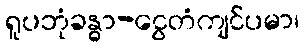
ရူပဘုံခန္ဓာ-ငွေတံကျင်ပမာ၊